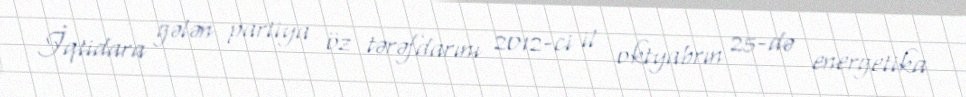
İqtidara gələn partiya öz tərəfdarını 2012-ci il oktyabrın 25-də energetika